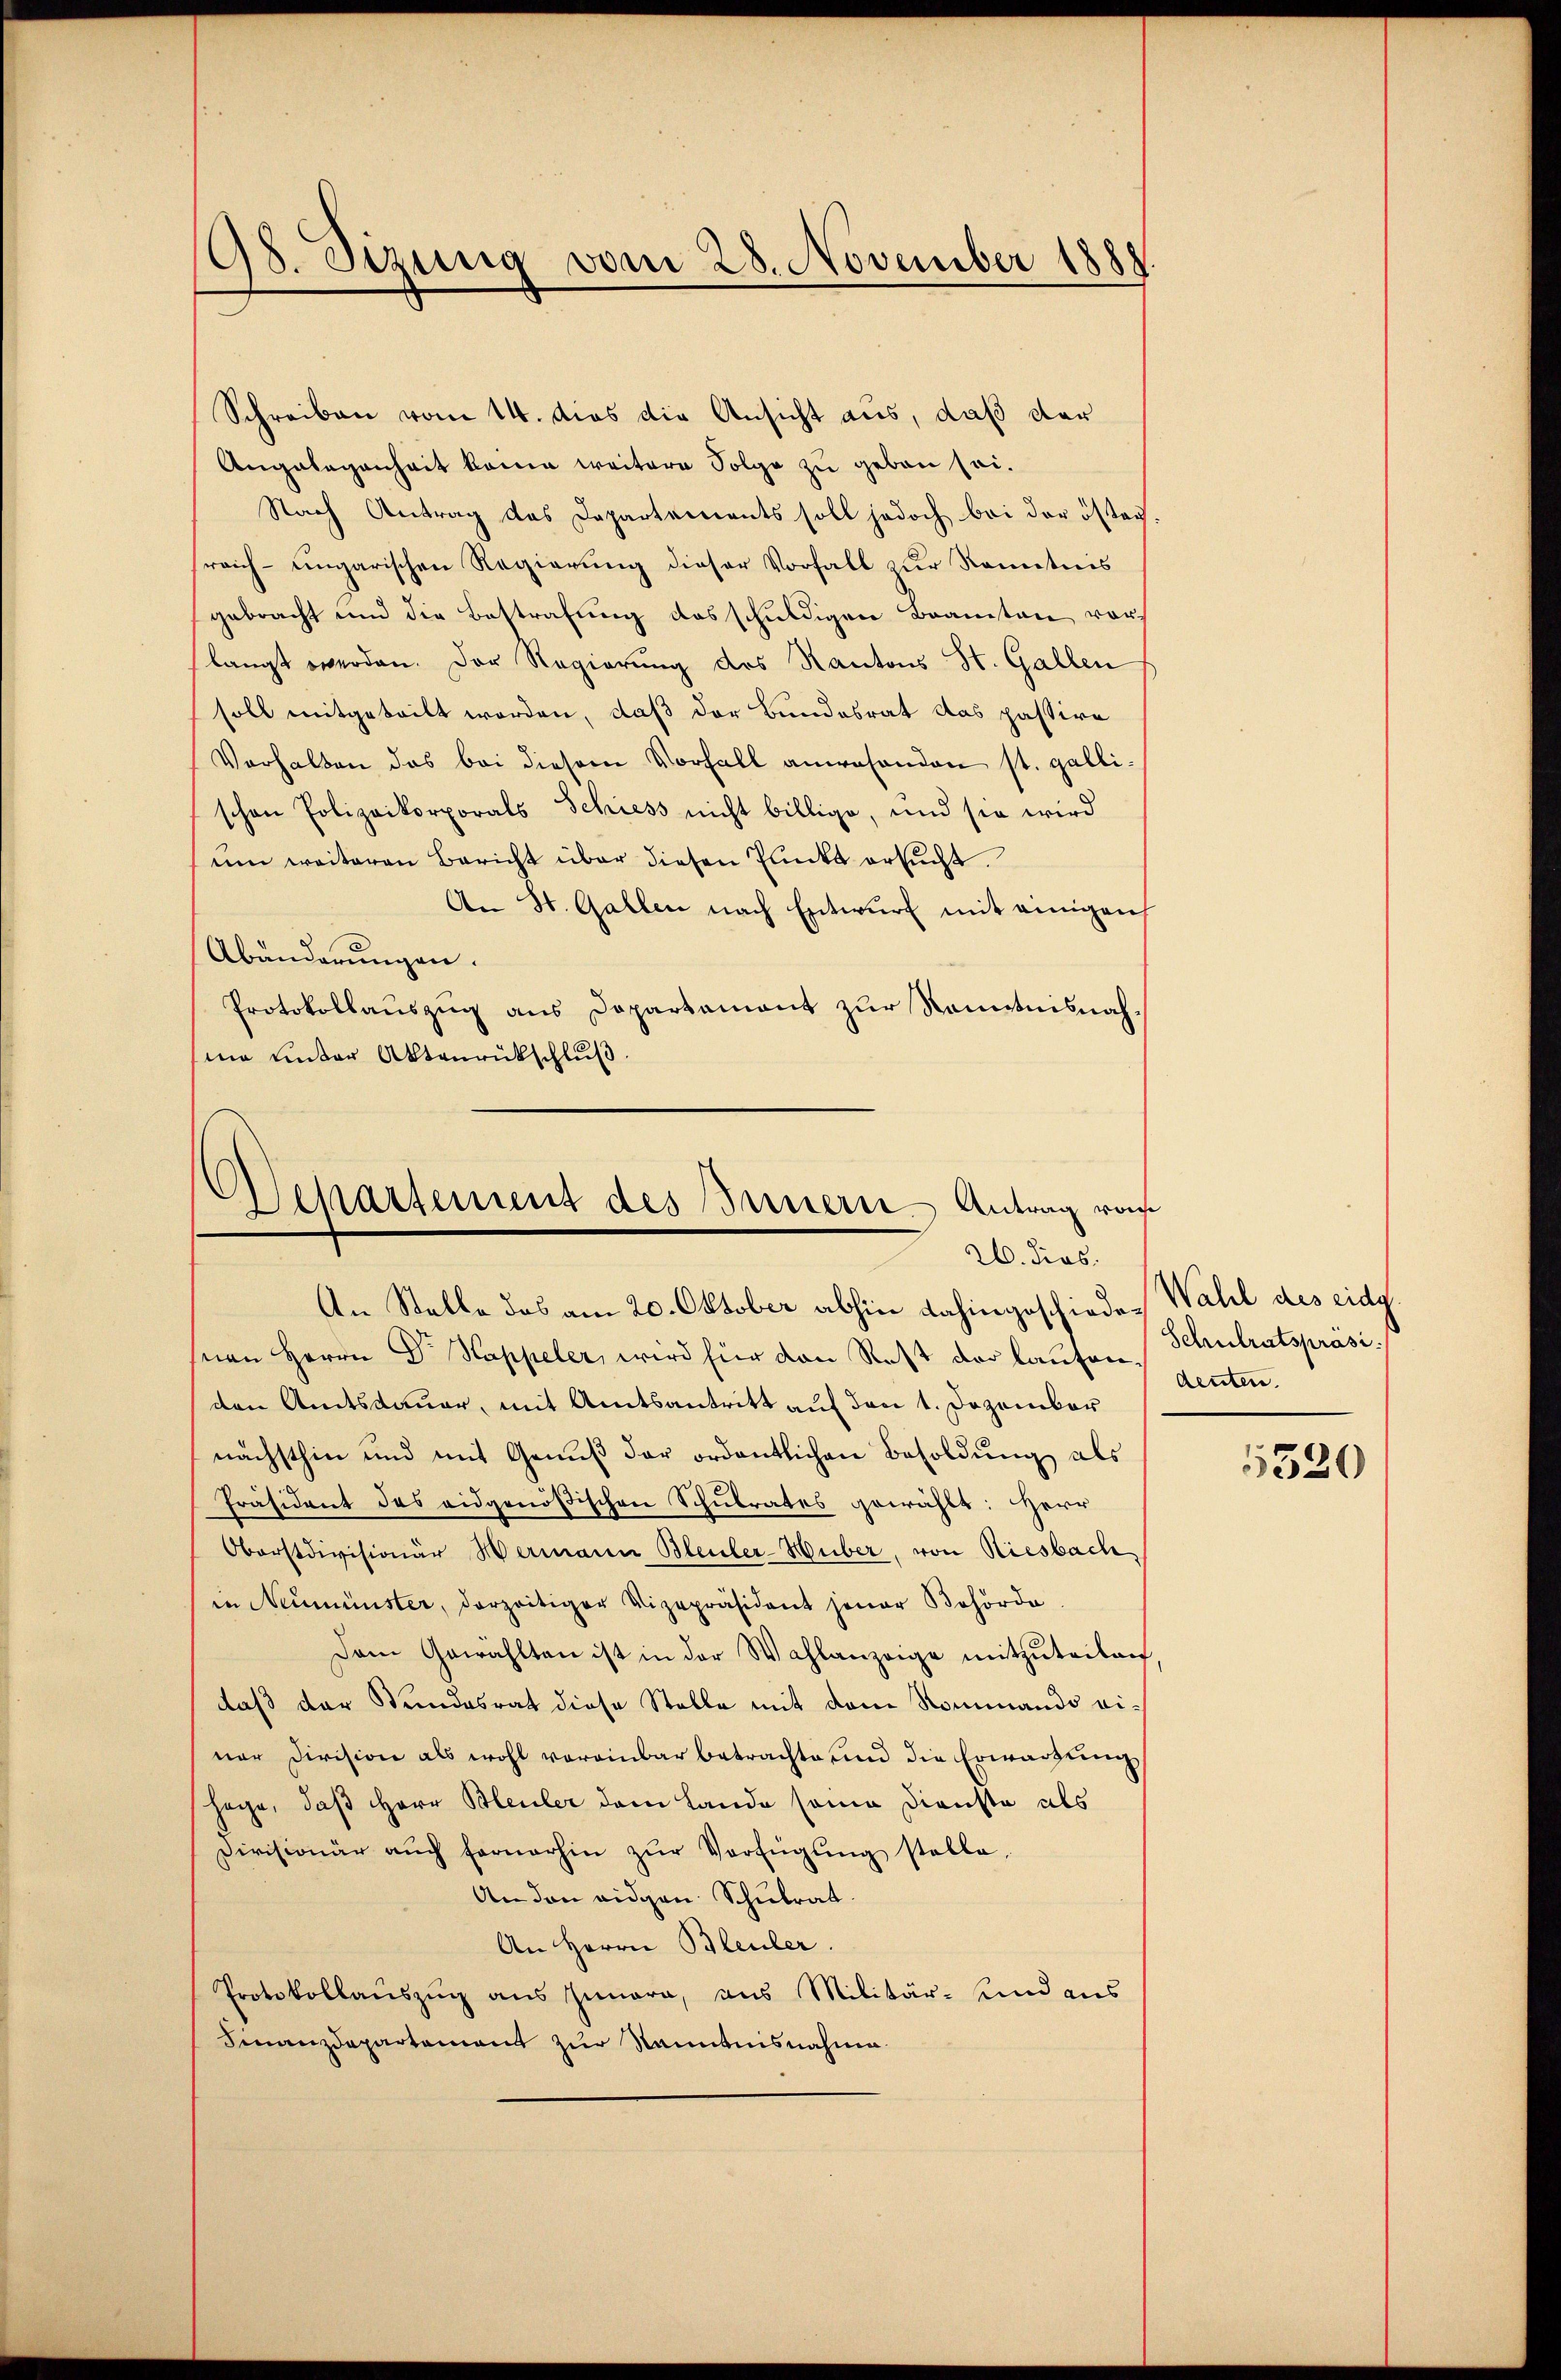
198. Sizung vom 28. November 1888

Schreiben vom 14. dies die Ansicht aus, daß der
Angelegenheit kann weitere Folge zu geben sei.
Nach Antrag des Departements soll jedoch bei der östeg.
reich-ungarischen Regierung dieser Vorfall zur Kenntnis
gebracht und die Bestrafung des schuldigen Beamten vorlangt werden. Der Regierung des Kantons St. Gallen
soll mitgeteilt worden, daß der Bundesrat das passire
Verhalten das bei diesem Vorfall anwesenden st. gallischen Polizeikorporals Schiess nicht billige, und sie wird
um weiteren Bericht über diesen Punkt ersucht.
An St. Gallen nach Entwurf mit einigen
Abänderungen.
Protokollauszug aus Dopartament zur Kenntnisnahma unter Aktenrückschlŭβ
Departement des Innern Antrag von

26. dies
An Stelle das am 20. Oktober abhin dahingeschieder Wahl des eidg.

nen Herrn Dr Kappeler, wird hier den Rest der laufen genten.
den Amtsdauer, mit Amtsantritt auf den 1. Dezember
nächsthin und mit Genuß der ordentlichen Besoldung als
Präsident des eidgenößischen Schulrates gewählt: Herr
Oborstdivisionär Wermann Bleuler-Huber, von Riesbach,
in Neumünster, derzeitiger Vizepräsident jener Behörde
Dem Gewählten ist in der Wahlanzeige mitzŭteilen
daß der Stundesrat diese Stelle mit dem Rommando einer Division als wohl voreinbar betrachte und die Erwartung
hache, daß Herr Bleuler dem Lande seine Dienste als
Divisionär aŭch fernerhin zŭr Verfügŭng stelle,
An den eidgen Schulrat.
An Herrn Bleuler.
Protokollauszug aus Iunara, aus Militär- und aus
Finanzdepartament zur Nanntnisnahme

Schulratspräsi

5520